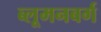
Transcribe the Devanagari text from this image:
ब्लूमनबर्ग